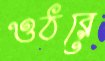
ওঠরে